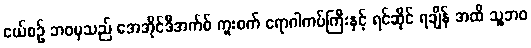
ငယ်စဉ် ဘဝမှသည် အေအိုင်ဒီအက်စ် ကူးစက် ရောဂါကပ်ကြီးနှင့် ရင်ဆိုင် ရချိန် အထိ သူ့ဘဝ